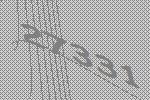
27331